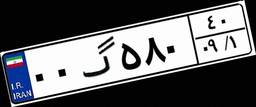
۰۰گ۵۸۰۴۰